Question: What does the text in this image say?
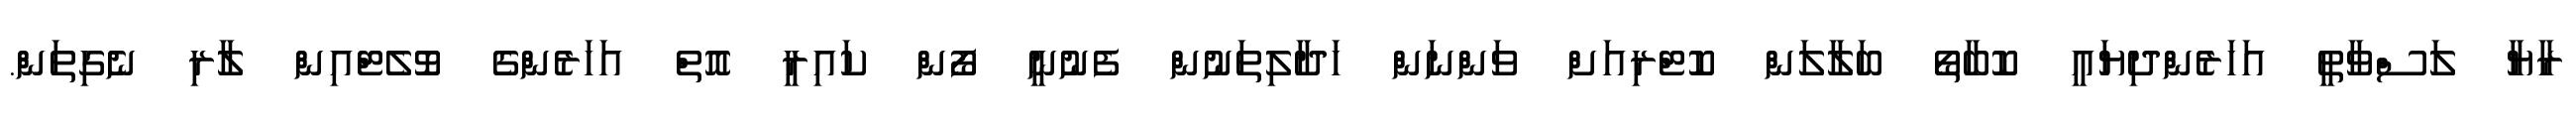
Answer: ރާޔާ ލަސްވާތީ އަހަރެންދިޔައީ ކޮބާތޯ ބަލާލަން ކޮޓްރިއަށް ވަންނަން ހަދާލިތަނުން ފެނުނީ ފޯން ކައިރީ އޮތް އަހަރެންގެ ވޮލެޓްއިން ލާރި ނެގިތަން.